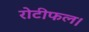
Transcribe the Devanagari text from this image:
रोटीफल।